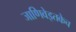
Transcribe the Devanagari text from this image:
जाणिवेइतकेच